Vaccine operations Central Provinces 1868-1885 - 1868-1885
Year: 1868
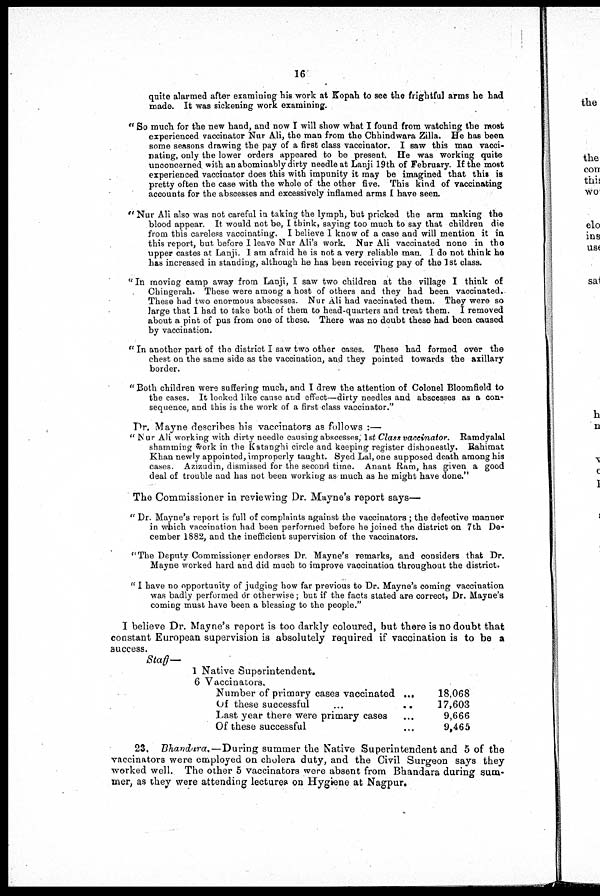
16
quite alarmed after examining his work at Kopah to see the frightful arms he had
made. It was sickening work examining.
" So much for the new hand, and now I will show what I found from watching the most
experienced vaccinator Nur Ali, the man from the Chhindwara Zilla. He has been
some seasons drawing the pay of a first class vaccinator. I saw this man vacci-
nating, only the lower orders appeared to be present. He was working quite
unconcerned with an abominably dirty needle at Lanji 19th of February. If the most
experienced vaccinator does this with impunity it may be imagined that this is
pretty often the case with the whole of the other five. This kind of vaccinating
accounts for the abscesses and excessively inflamed arms I have seen.
" Nur Ali also was not careful in taking the lymph, but pricked the arm making the
blood appear. It would not be, I think, saying too much to say that children die
from this careless vaccinating. I believe I know of a case and will mention it in
this report, but before I leave Nur Ali's work. Nur Ali vaccinated none in the
upper castes at Lanji. I am afraid he is not a very reliable man. I do not think he
has increased in standing, although he has been receiving pay of the 1st class.
"In moving camp away from Lanji, I saw two children at the village I think of
Chingerah. These were among a host of others and they had been vaccinated.
These had two enormous abscesses. Nur Ali had vaccinated them. They were so
large that I had to take both of them to head-quarters and treat them. I removed
about a pint of pus from one of these. There was no doubt these had been caused
by vaccination.
" In another part of the district I saw two other cases. These had formed over the
chest on the same side as the vaccination, and they pointed towards the axillary
border.
" Both children were suffering much, and I drew the attention of Colonel Bloomfield to
the cases. It looked like cause and effect—dirty needles and abscesses as a con-
sequence, and this is the work of a first class vaccinator."
Dr. Mayne describes his vaccinators as follows :—
"Nur Ali working with dirty needle causing abscesses, 1st Class vaccinator.
Ramdyalal
shamming work in the Katanghi circle and keeping register dishonestly. Rahimat
Khan newly appointed, improperly taught. Syed Lal, one supposed death among his
cases. Azizudin, dismissed for the second time. Anant Ram, has given a good
deal of trouble and has not been working as much as he might have done."
The Commissioner in reviewing Dr. Mayne's report says—-
" Dr. Mayne's report is full of complaints against the vaccinators ; the defective manner
in which vaccination had been performed before he joined the district on 7th De-
cember 1882, and the inefficient supervision of the vaccinators.
" The Deputy Commissioner endorses Dr. Mayne's remarks, and considers that Dr.
Mayne worked hard and did much to improve vaccination throughout the district.
" I have no opportunity of judging how far previous to Dr. Mayne's coming vaccination
was badly performed or otherwise; but if the facts stated are correct, Dr. Mayne's
coming must have been a blessing to the people."
I believe Dr. Mayne's report is too darkly coloured, but there is no doubt that
constant European supervision is absolutely required if vaccination is to be a
success.
Staff—
1 Native Superintendent,
6 Vaccinators.
Number of primary cases vaccinated... ...
Of these successful... ...
Last year there were primary cases... ...
Of these successful... ...
18,068
17,603
9,666
9,465
23. Bhandara.—During summer the Native Superintendent and 5 of the
vaccinators were employed on cholera duty, and the Civil Surgeon says they
worked well. The other 5 vaccinators were absent from Bhandara during sum-
mer, as they were attending lectures on Hygiene at Nagpur.